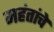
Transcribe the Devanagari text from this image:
महंतांचे